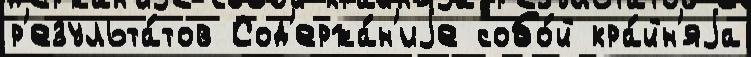
р'езульта́тов Сод'ержа́н'иjе собо́й кра́йн'яjа